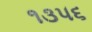
૧૩૫૬